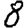
Digit: 8